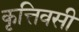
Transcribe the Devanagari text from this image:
कृत्तिवसी